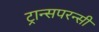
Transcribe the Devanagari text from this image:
ट्रान्सपरन्सी